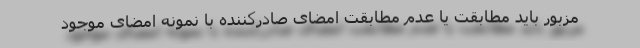
مزبور باید مطابقت یا عدم مطابقت امضای صادرکننده با نمونه امضای موجود